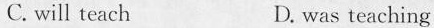
C. will teach D. was teaching